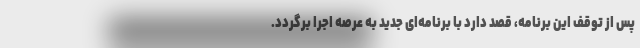
پس از توقف این برنامه، قصد دارد با برنامه‌ای جدید به عرصه اجرا برگردد.